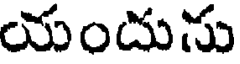
యందును